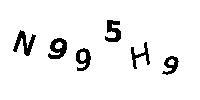
N995H9